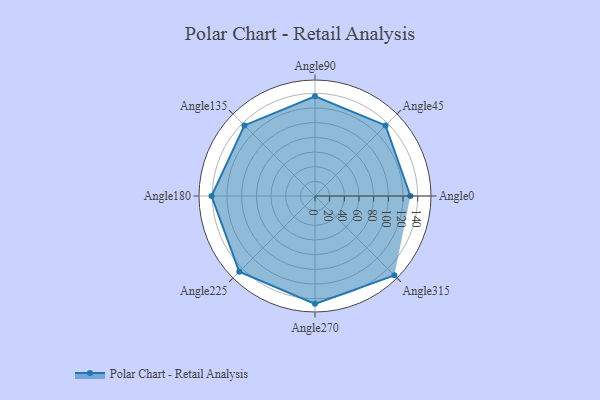
{"axis": {"x": "Angle", "y": "Radius"}, "legend": [""], "data": [{"x": "Angle0", "y": 130.0, "type": ""}, {"x": "Angle45", "y": 136.0, "type": ""}, {"x": "Angle90", "y": 136.0, "type": ""}, {"x": "Angle135", "y": 136.0, "type": ""}, {"x": "Angle180", "y": 141.0, "type": ""}, {"x": "Angle225", "y": 146.0, "type": ""}, {"x": "Angle270", "y": 147.0, "type": ""}, {"x": "Angle315", "y": 153.0, "type": ""}]}